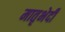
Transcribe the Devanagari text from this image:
मातृभेदी